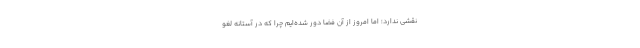
نقشی ندارد؛ اما امروز از آن فضا دور شده‌ایم چرا که در آستانه لغو